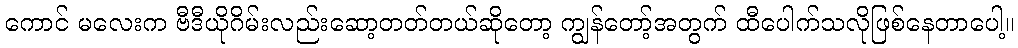
ကောင် မလေးက ဗီဒီယိုဂိမ်းလည်းဆော့တတ်တယ်ဆိုတော့ ကျွန်တော့်အတွက် ထီပေါက်သလိုဖြစ်နေတာပေါ့။